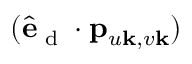
( \hat { \mathbf { e } } _ { \textrm { d } } \cdot \mathbf { p } _ { u \mathbf { k } , v \mathbf { k } } )